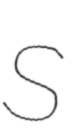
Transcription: S